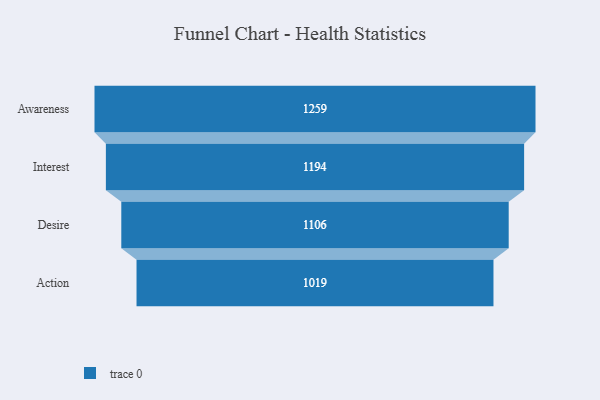
{"axis": {"x": "Stage", "y": "Value"}, "legend": [""], "data": [{"x": "Awareness", "y": 1259.0, "type": ""}, {"x": "Interest", "y": 1194.0, "type": ""}, {"x": "Desire", "y": 1106.0, "type": ""}, {"x": "Action", "y": 1019.0, "type": ""}]}